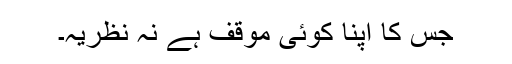
جس کا اپنا کوئی موقف ہے نہ نظریہ۔